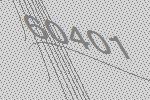
60401